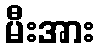
မီးအား